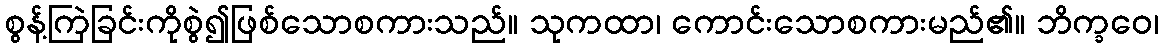
စွန့်ကြဲခြင်းကိုစွဲ၍ဖြစ်သောစကားသည်။ သုကထာ၊ ကောင်းသောစကားမည်၏။ ဘိက္ခဝေ၊